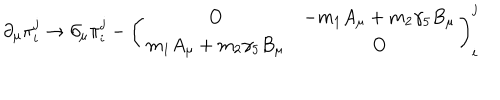
\partial _ { \mu } \pi _ { i } ^ { j } \to \partial _ { \mu } \pi _ { i } ^ { j } - \left( \begin{array} { c c } { { O } } & { { - m _ { 1 } A _ { \mu } + m _ { 2 } \gamma _ { 5 } B _ { \mu } } } \\ { { m _ { 1 } A _ { \mu } + m _ { 2 } \gamma _ { 5 } B _ { \mu } } } & { { O } } \\ \end{array} \right) _ { i } ^ { j }